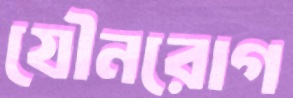
যৌনরোগ